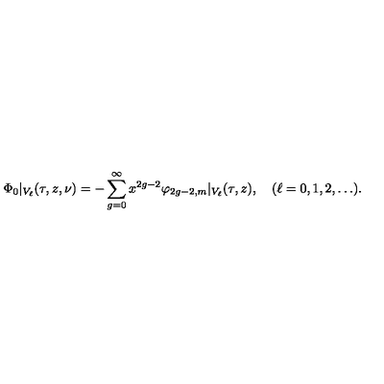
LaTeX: \Phi _ { 0 } \vert _ { V _ { \ell } } ( \tau , z , \nu ) = - \sum _ { g = 0 } ^ { \infty } x ^ { 2 g - 2 } \varphi _ { 2 g - 2 , m } \vert _ { V _ { \ell } } ( \tau , z ) , \quad ( \ell = 0 , 1 , 2 , \ldots ) .